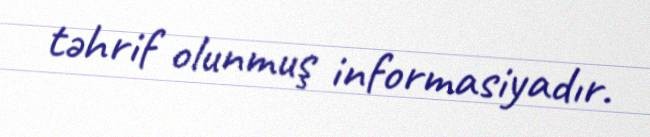
təhrif olunmuş informasiyadır.